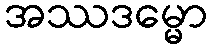
အဿဒမ္မော